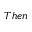
T h e n